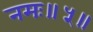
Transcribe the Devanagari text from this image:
नमः॥५॥